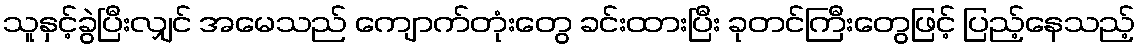
သူနှင့်ခွဲပြီးလျှင် အမေသည် ကျောက်တုံးတွေ ခင်းထားပြီး ခုတင်ကြီးတွေဖြင့် ပြည့်နေသည့်